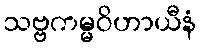
သဗ္ဗကမ္မဝိဟာယီနံ